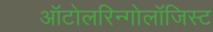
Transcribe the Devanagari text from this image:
ऑटोलरिन्गोलॉजिस्ट